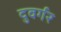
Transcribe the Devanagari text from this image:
दुवर्गर